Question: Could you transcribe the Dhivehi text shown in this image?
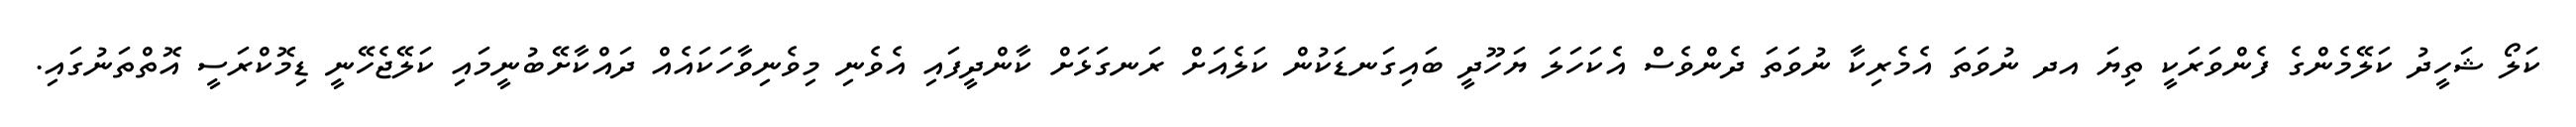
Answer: ކަލޯ ޝަހީދު ކަލޭމެންގެ ފެންވަރަކީ ތިޔަ އދ ނުވަތަ އެމެރިކާ ނުވަތަ ދެންވެސް އެކަހަލަ ޔަހޫދީ ބައިގަނޑަކުން ކަލެއަށް ރަނގަޅަށް ކާންދީފައި އެވެނި މިވެނިވާހަކައެއް ދައްކާށޭބުނީމައި ކަލޭޖެހޭނީ ޑިމޮކްރަސީ އޮތްތަނުގައި.